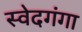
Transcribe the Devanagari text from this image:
स्वेदगंगा